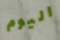
اليوم